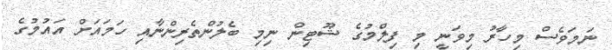
ނަމަވެސް މިހާރު މިވަނީ މި ފިލްމުގެ ޝޫޓިން ނިމި ބެލުންތެރިންނާއި ހަމައަށް އައުމުގެ